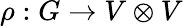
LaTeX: \rho:G\to V\otimes V